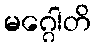
မဂ္ဂေါတိ